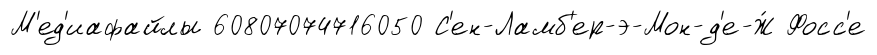
М'ед'иафайлы 60807074716050 С'ен-Ламб'ер-э-Мон-д'е-Ж́ Фосс'е